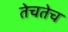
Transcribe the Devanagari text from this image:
तेचतेच